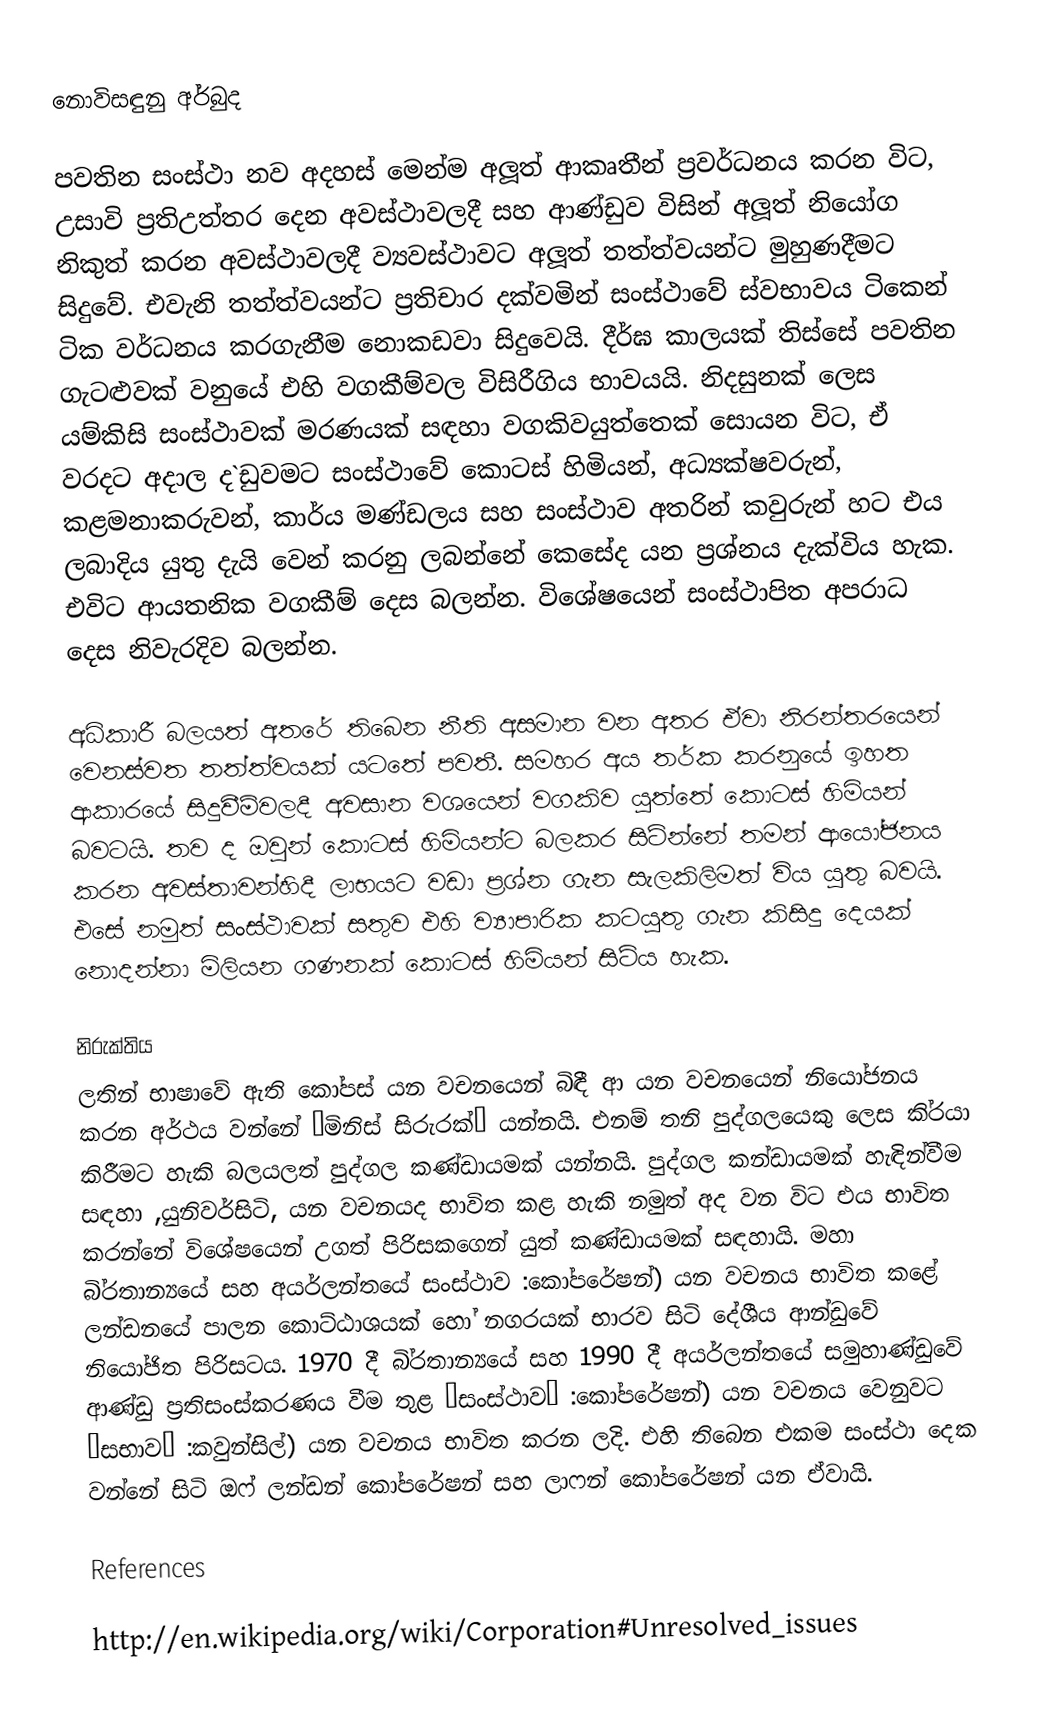
නොවිසඳුනු අර්බුද

පවතින සංස්ථා නව අදහස් මෙන්ම අලූත් ආකෘතීන් ප‍්‍රවර්ධනය කරන විට, උසාවි ප‍්‍රතිඋත්තර දෙන අවස්ථාවලදී සහ ආණ්ඩුව විසින් අලූත් නියෝග නිකුත් කරන අවස්ථාවලදී ව්‍යවස්ථාවට අලූත් තත්ත්වයන්ට මුහුණදීමට සිදුවේ. එවැනි තත්ත්වයන්ට ප‍්‍රතිචාර දක්වමින් සංස්ථාවේ ස්වභාවය ටිකෙන් ටික වර්ධනය කරගැනීම නොකඩවා සිදුවෙයි. දීර්ඝ කාලයක් තිස්සේ පවතින ගැටළුවක් වනුයේ එහි වගකීම්වල විසිරීගිය භාවයයි. නිදසුනක් ලෙස යම්කිසි සංස්ථාවක් මරණයක් සඳහා වගකිවයුත්තෙක් සොයන විට, ඒ වරදට අදාල ද`ඩුවමට සංස්ථාවේ කොටස් හිමියන්, අධ්‍යක්ෂවරුන්, කළමනාකරුවන්, කාර්ය මණ්ඩලය සහ සංස්ථාව අතරින් කවුරුන් හට එය ලබාදිය යුතු දැයි වෙන් කරනු ලබන්නේ කෙසේද යන ප‍්‍රශ්නය දැක්විය හැක. එවිට ආයතනික වගකීම් දෙස බලන්න. විශේෂයෙන් සංස්ථාපිත අපරාධ දෙස නිවැරදිව බලන්න.

අධිකාරී බලයත් අතරේ තිබෙන නීති අසමාන වන අතර ඒවා නිරන්තරයෙන් වෙනස්වත තත්ත්වයක් යටතේ පවතී. සමහර අය තර්ක කරනුයේ ඉහත ආකාරයේ සිදුවීම්වලදී අවසාන වශයෙන් වගකිව යුත්තේ කොටස් හිමියන් බවටයි. තව ද ඔවුන් කොටස් හිමියන්ට බලකර සිටින්නේ තමන් ආයෝජනය කරන අවස්තාවන්හිදී ලාභයට වඩා ප‍්‍රශ්න ගැන සැලකිලිමත් විය යුතු බවයි. එසේ නමුත් සංස්ථාවක් සතුව එහි ව්‍යාපාරික කටයුතු ගැන කිසිදු දෙයක් නොදන්නා මිලියන ගණනක් කොටස් හිමියන් සිටිය හැක.

නිරුක්තිය
ලතින් භාෂාවේ ඇති කෝපස් යන වචනයෙන් බිඳී ආ යන වචනයෙන් නියෝජනය කරන අර්ථය වන්නේ ”මිනිස් සිරුරක්” යන්නයි. එනම් තනි පුද්ගලයෙකු ලෙස කි‍්‍රයා කිරීමට හැකි බලයලත් පුද්ගල කණ්ඩායමක් යන්නයි. පුද්ගල කන්ඩායමක් හැඳින්වීම සඳහා ,යුනිවර්සිටි, යන වචනයද භාවිත කළ හැකි නමුත් අද වන විට එය භාවිත කරන්නේ විශේෂයෙන් උගත් පිරිසකගෙන් යුත් කණ්ඩායමක් සඳහායි. මහා බි‍්‍රතාන්‍යයේ සහ අයර්ලන්තයේ සංස්ථාව :කෝපරේෂන්) යන වචනය භාවිත කළේ ලන්ඩනයේ පාලන කොට්ඨාශයක් හෝ නගරයක් භාරව සිටි දේශීය ආන්ඩුවේ නියෝජිත පිරිසටය. 1970 දී බි‍්‍රතාන්‍යයේ සහ 1990 දී අයර්ලන්තයේ සමුහාණ්ඩුවේ ආණ්ඩු ප‍්‍රතිසංස්කරණය වීම තුළ ”සංස්ථාව” :කෝපරේෂන්) යන වචනය වෙනුවට ”සභාව” :කවුන්සිල්) යන වචනය භාවිත කරන ලදි. එහි තිබෙන එකම සංස්ථා දෙක වන්නේ සිටි ඔෆ් ලන්ඩන් කෝපරේෂන් සහ ලාෆන් කෝපරේෂන් යන ඒවායි.

References

http://en.wikipedia.org/wiki/Corporation#Unresolved_issues